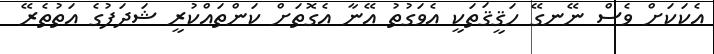
އެކަކަށް ވެސް ނޭނގޭ ހަޤީޤަތަކީ އެވަގުތު އޭނާ އެގޮތަށް ކަންތައްކުރީ ޝަދަފުގެ އަތުތެރޭ